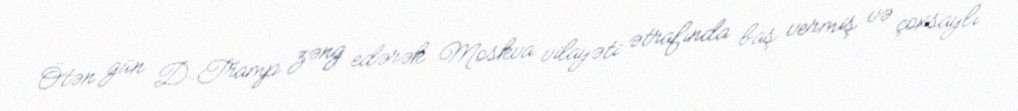
Ötən gün D.Tramp zəng edərək Moskva vilayəti ətrafında baş vermiş və çoxsaylı